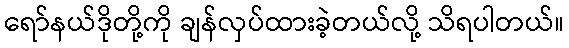
ရော်နယ်ဒိုတို့ကို ချန်လှပ်ထားခဲ့တယ်လို့ သိရပါတယ်။